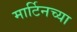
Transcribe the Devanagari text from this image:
मार्टिनच्या